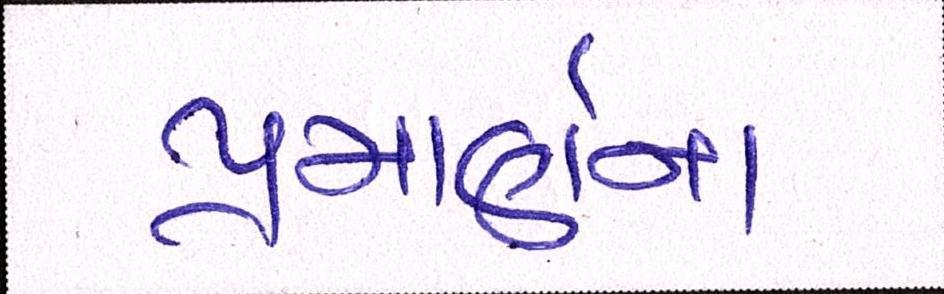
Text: પ્રમાણેના